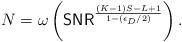
LaTeX: \begin{align*} N = \omega \left(\mathsf{SNR}^{\frac{(K-1)S-L+1}{1-(\epsilon_D/2)}}\right).\end{align*}